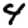
Digit: 4